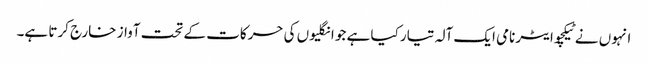
انہوں نے ٹیکچوایٹر نامی ایک آلہ تیار کیا ہے جو انگلیوں کی حرکات کے تحت آواز خارج کرتا ہے۔